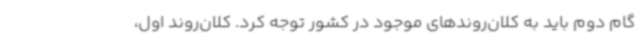
گام دوم باید به کلان‌روندهای موجود در کشور توجه کرد. کلان‌روند اول،